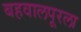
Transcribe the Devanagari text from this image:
बहवालपूरला